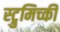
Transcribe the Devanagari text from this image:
स्ट्रुमिच्की